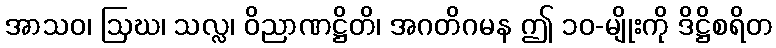
အာသဝ၊ ဩဃ၊ သလ္လ၊ ဝိညာဏဋ္ဌိတိ၊ အဂတိဂမန ဤ ၁၀-မျိုးကို ဒိဋ္ဌိစရိတ